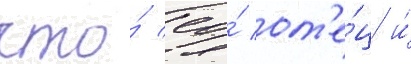
что́ ео́ от'е́ц и́